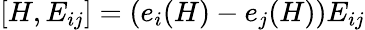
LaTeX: [H,E_{ij}]=(e_{i}(H)-e_{j}(H))E_{ij}